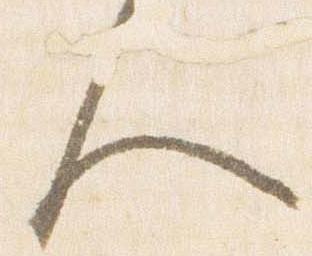
人